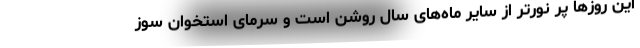
این روزها پر نورتر از سایر ماه‌های سال روشن است و سرمای استخوان سوز